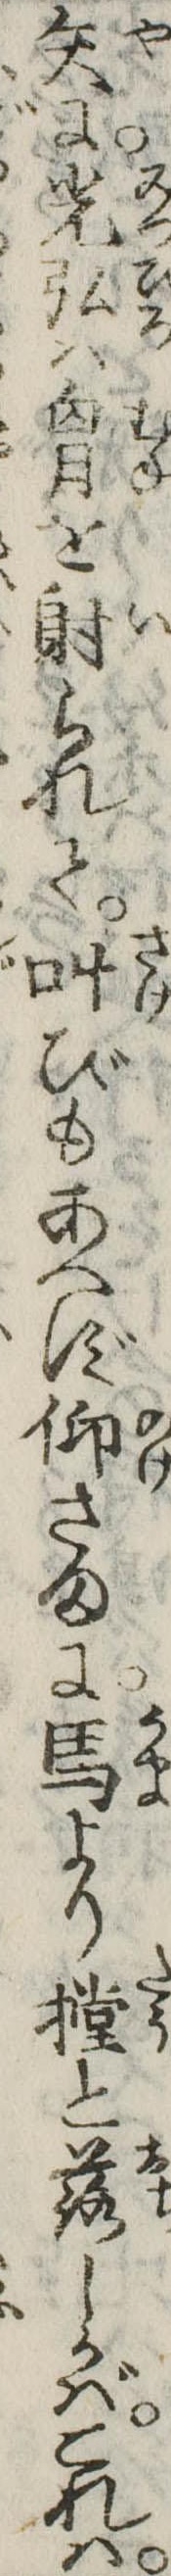
矢に光弘は胸を射られて叫びもあへず仰さまに馬より摚と落しかばこれは